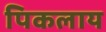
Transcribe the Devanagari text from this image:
पिकलाय